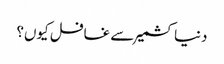
دنیا کشمیر سے غافل کیوں؟